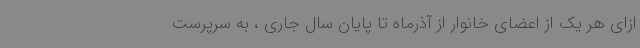
ازای هر یک از اعضای خانوار از آذرماه تا پایان سال جاری ، به سرپرست